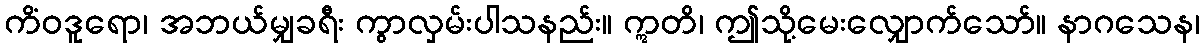
ကိံဝဒူရော၊ အဘယ်မျှခရီး ကွာလှမ်းပါသနည်း။ ဣတိ၊ ဤသို့မေးလျှောက်သော်။ နာဂသေန၊